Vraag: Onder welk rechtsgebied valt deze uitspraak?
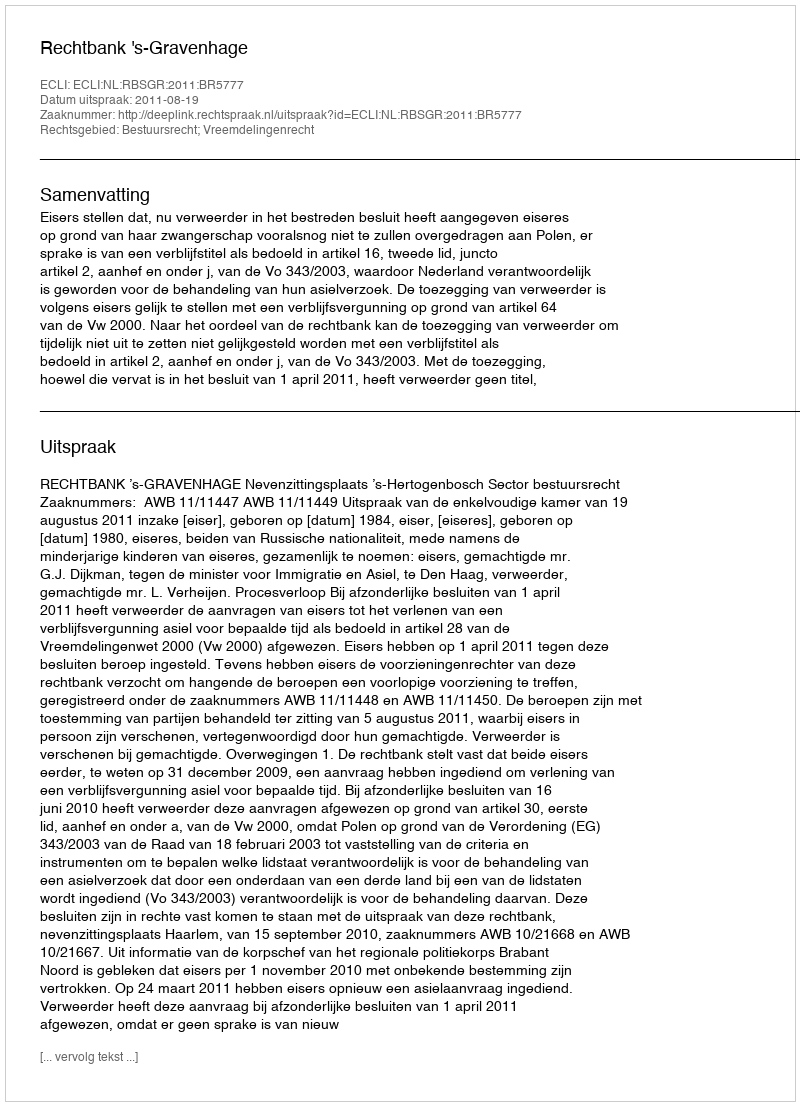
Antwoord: Bestuursrecht; Vreemdelingenrecht